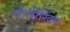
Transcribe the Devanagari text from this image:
नौसीखिए